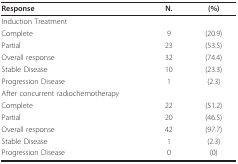
<table><thead><tr><td><b>Response</b></td><td><b>N.</b></td><td><b>(%)</b></td></tr></thead><tbody><tr><td>Induction Treatment</td><td></td><td></td></tr><tr><td>Complete</td><td>9</td><td>(20.9)</td></tr><tr><td>Partial</td><td>23</td><td>(53.5)</td></tr><tr><td>Overall response</td><td>32</td><td>(74.4)</td></tr><tr><td>Stable Disease</td><td>10</td><td>(23.3)</td></tr><tr><td>Progression Disease</td><td>1</td><td>(2.3)</td></tr><tr><td>After concurrent radiochemotherapy</td><td></td><td></td></tr><tr><td>Complete</td><td>22</td><td>(51.2)</td></tr><tr><td>Partial</td><td>20</td><td>(46.5)</td></tr><tr><td>Overall response</td><td>42</td><td>(97.7)</td></tr><tr><td>Stable Disease</td><td>1</td><td>(2.3)</td></tr><tr><td>Progression Disease</td><td>0</td><td>(0)</td></tr></tbody></table>